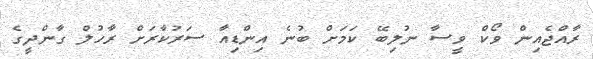
ރާއްޖެއިން ވޯކް ވީސާ ނުލިބޭ ކަމަށް ބުނެ އިންޑިއާ ސަރުކާރަށް ރާހުލް ގާންދީގެ